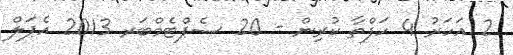
2 އަހަރު 4 ހަފްތާ ކުރިން - 20 ސެޕްޓެމްބަރ 2013 އެޕަލް